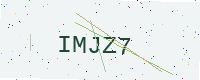
Text: IMJZ7